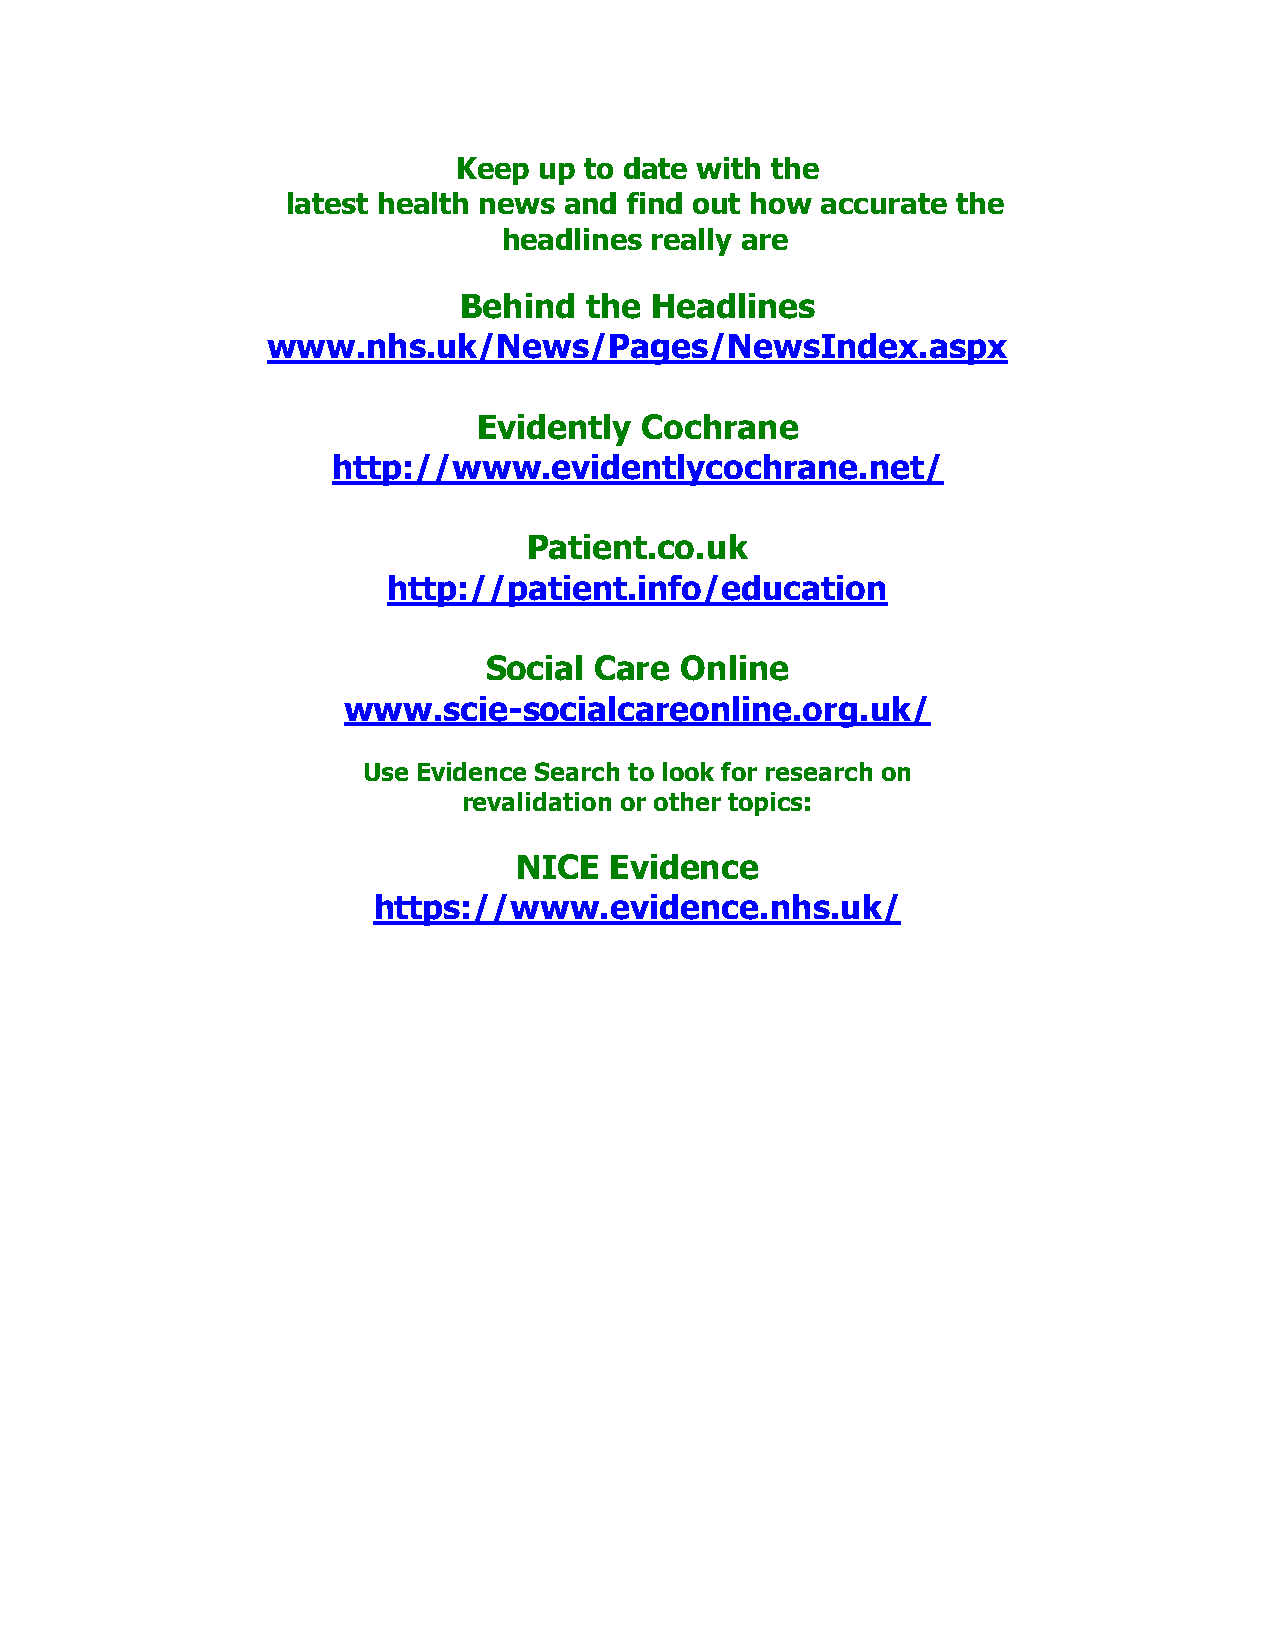
Keep  up to date with the
 latest health news and find out how accurate the
 headlines really are
 Behind   the Headlines
 www.nhs.uk/News/Pages/NewsIndex.aspx
 Evidently Cochrane
 http://www.evidentlycochrane.net/
 Patient.co.uk
 http://patient.info/education
 Social Care  Online
 www.scie-socialcareonline.org.uk/
 Use Evidence Search to look for research on
 revalidation or other topics:
 NICE  Evidence
 https://www.evidence.nhs.uk/